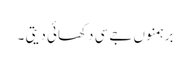
برہمنوں جےسی دکھائی دیتی ۔